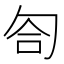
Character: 匌